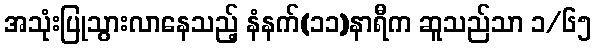
အသုံးပြုသွားလာနေသည့် နံနက်(၁၁)နာရီက ဆူသည်သာ ၁/၆၅